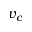
v _ { c }